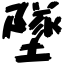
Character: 墜